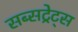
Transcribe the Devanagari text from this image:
सब्सट्रेट्स